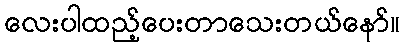
လေးပါထည့်ပေးတာသေးတယ်နော်။